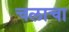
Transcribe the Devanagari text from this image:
चलाचा